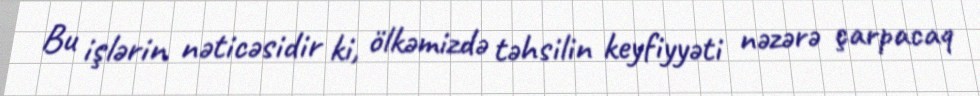
Bu işlərin nəticəsidir ki, ölkəmizdə təhsilin keyfiyyəti nəzərə çarpacaq